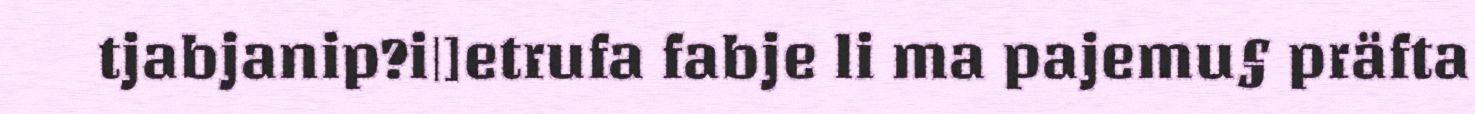
tjabjanip?i|]etrufa fabje li ma pajemu§ präfta